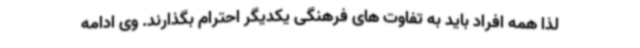
لذا همه افراد باید به تفاوت های فرهنگی یکدیگر احترام بگذارند. وی ادامه